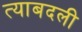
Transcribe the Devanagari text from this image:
त्याबदली